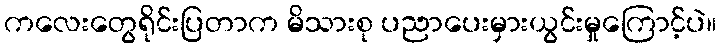
ကလေးတွေရိုင်းပြတာက မိသားစု ပညာပေးမှားယွင်းမှုကြောင့်ပဲ။